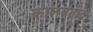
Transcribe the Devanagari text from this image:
कालवतात